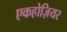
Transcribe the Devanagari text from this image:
एकहोज़ियर